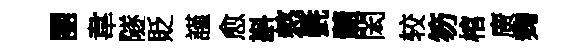
團韋隧貶謹愈斟憗㲲髓閎较笏棺廣麹